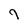
Character: 9